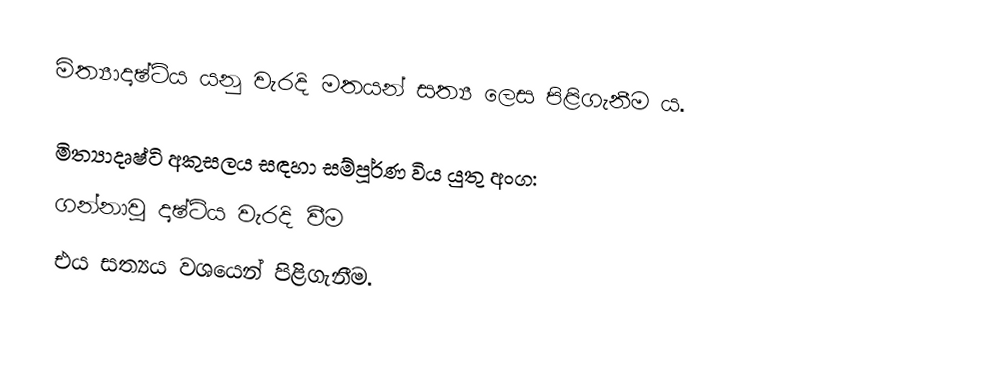
මිත්‍යාදෘෂ්ටිය යනු වැරදි මතයන් සත්‍ය ලෙස පිළිගැනීම ය. 

මිත්‍යාදෘෂ්ටි අකුසලය සඳහා සම්පූර්ණ විය යුතු අංග:
 ගන්නාවූ දෘෂ්ටිය වැරදි වීම
 එය සත්‍යය වශයෙන් පිළිගැනීම.